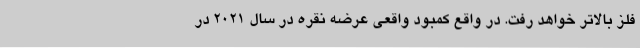
فلز بالاتر خواهد رفت. در واقع کمبود واقعی عرضه نقره در سال 2021 در